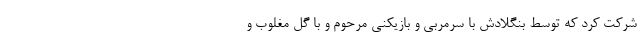
شرکت کرد که توسط بنگلادش با سرمربی و بازیکنی مرحوم و با گل مغلوب و